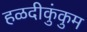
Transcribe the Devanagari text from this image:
हळदीकुंकुम